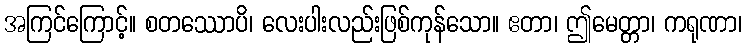
အကြင်ကြောင့်။ စတဿောပိ၊ လေးပါးလည်းဖြစ်ကုန်သော။ ဧတာ၊ ဤမေတ္တာ၊ ကရုဏာ၊